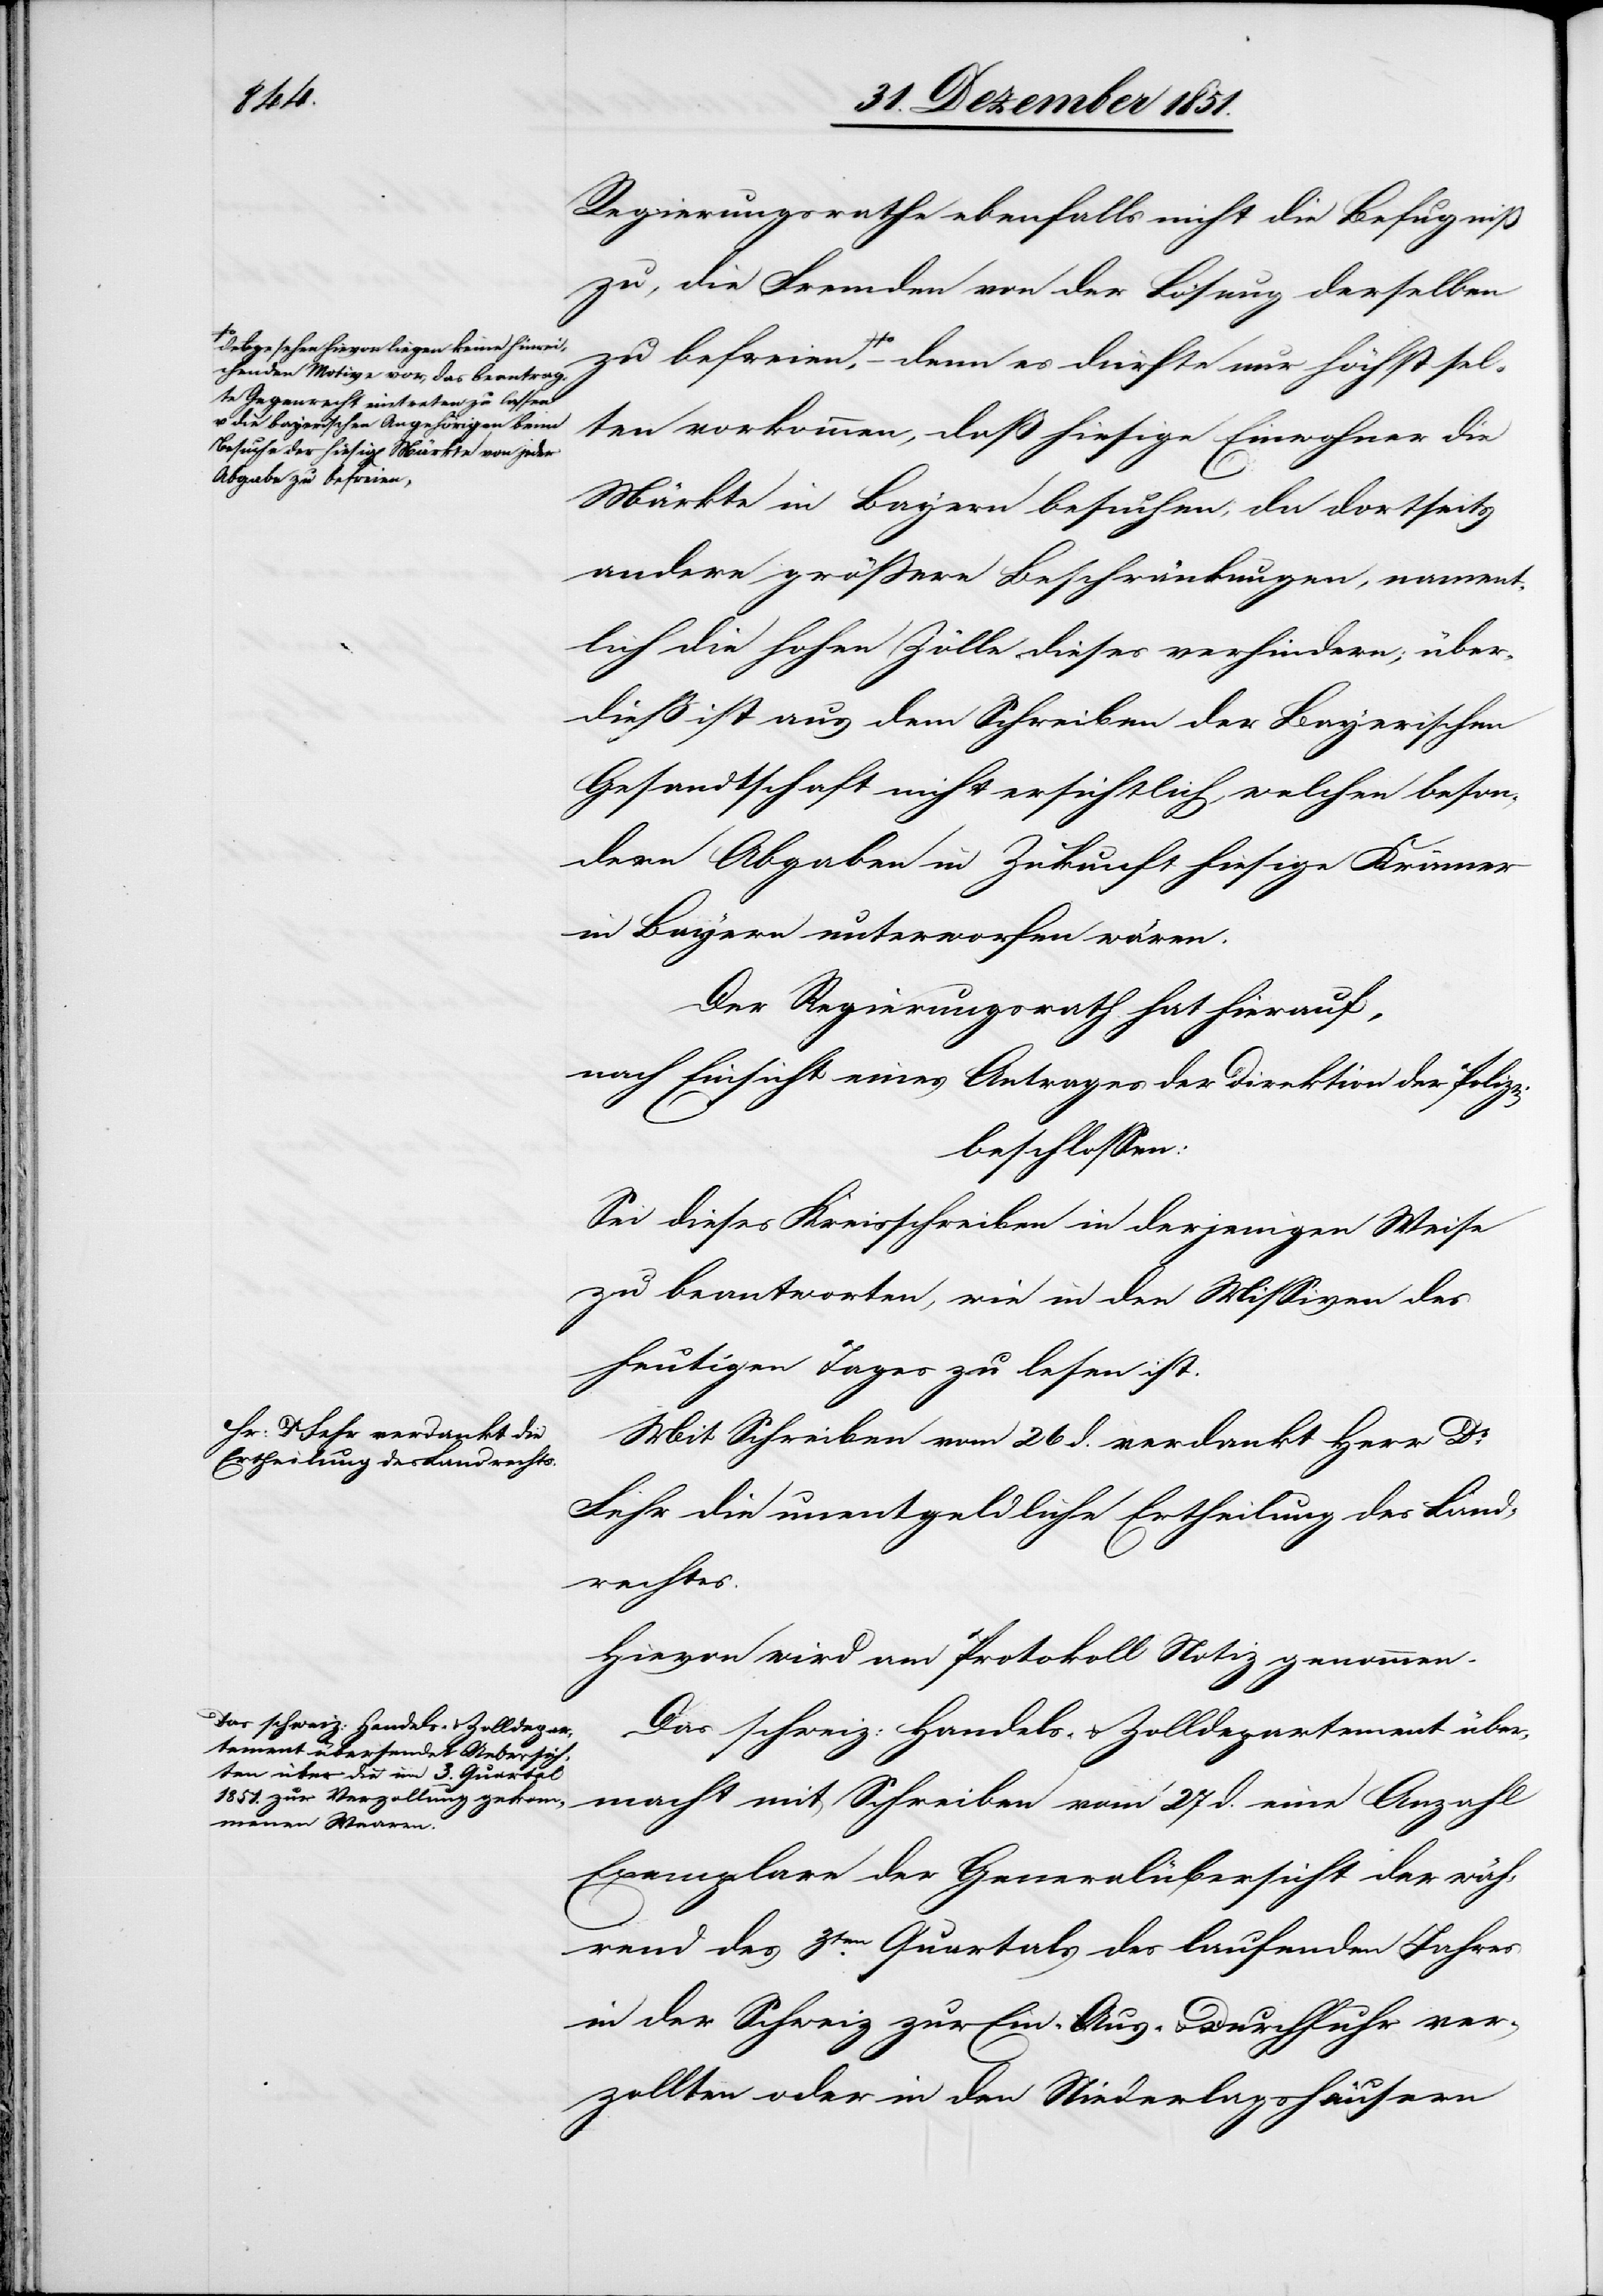
abgesehen] hievon liegen keine hinrei¬
chenden Motive vor, das beantrag¬
te Gegenrecht eintreten zu lassen
u. die bayerischen Angehörigen beim
Besuche der hiesig[en] Märkte von jeder

Regierungsrathe ebenfalls nicht die Befugniß
zu, die Fremden von der Lösung derselben
zu befreien,-a – denn es dürfte nur höchst sel¬
ten vorkommen, daß hiesige Einwohner die
Märkte in Bayern besuchen, da dortseits
andere größere Beschränkungen, nament¬
lich die hohen Zölle dieses verhindern; über¬
dieß ist aus dem Schreiben der Bayerischen
Gesandtschaft nicht ersichtlich, welchen beson¬
dern Abgaben in Zukunft hiesige Krämer
in Bayern unterworfen wären.
Der Regierungsrath hat hierauf,
nach Einsicht eines Antrages der Direktion der Polizei
beschlossen:
Sei dieses Kreisschreiben in derjenigen Weise
zu beantworten, wie in den Missiven des
heutigen Tages zu lesen ist.
Mit Schreiben vom 26 d. verdankt Herr Dr.
Fehr die unentgeldliche Ertheilung des Land¬
rechtes.
Hievon wird am Protokoll Notiz genommen.
Das schweiz: Handels- & Zolldepartement über¬
macht mit Schreiben vom 27 d. eine Anzahl
Exemplare der Generalübersicht der wäh¬
rend des 3ten. Quartals des laufenden Jahres
in der Schweiz zur Ein-[,] Aus- & Durchfuhr ver¬
zollten oder in den Niederlagshäusern